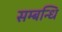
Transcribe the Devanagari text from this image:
सम्‍बन्‍धि